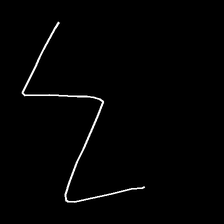
Glyph: crush